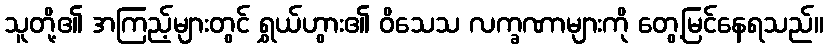
သူတို့၏ အကြည့်များတွင် ရွှယ်ဟွား၏ ဝိသေသ လက္ခဏာများကို တွေ့မြင်နေရသည်။